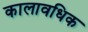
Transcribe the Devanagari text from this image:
कालावधिक